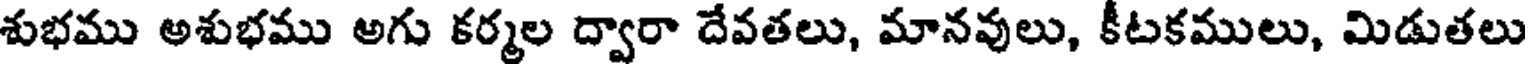
శుభము అశుభము అగు కర్మల ద్వారా దేవతలు, మానవులు, కీటకములు, మిడుతలు